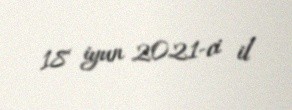
18 iyun 2021-ci il